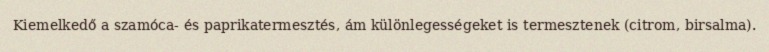
Kiemelkedő a szamóca- és paprikatermesztés, ám különlegességeket is termesztenek (citrom, birsalma).